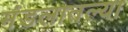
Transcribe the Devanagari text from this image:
मंडलातल्या